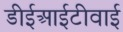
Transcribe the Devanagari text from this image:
डीईआईटीवाई